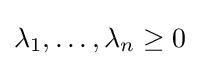
\lambda _{1},\dots ,\lambda _{n}\geq 0